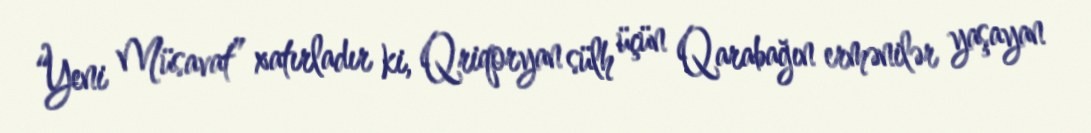
“Yeni Müsavat” xatırladır ki, Qriqoryan sülh üçün Qarabağın ermənilər yaşayan